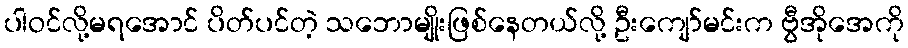
ပါဝင်လို့မရအောင် ပိတ်ပင်တဲ့ သဘောမျိုးဖြစ်နေတယ်လို့ ဦးကျော်မင်းက ဗွီအိုအေကို